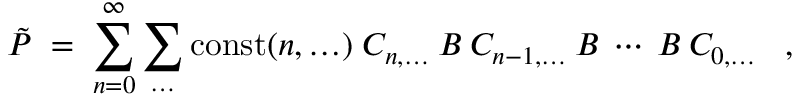
\tilde { P } \; = \; \sum _ { n = 0 } ^ { \infty } \sum _ { \ldots } { \mathrm { c o n s t } } ( n , \ldots ) \; C _ { n , \ldots } \: { \cal { B } } \: C _ { n - 1 , \ldots } \: { \cal { B } } \: \cdots \: { \cal { B } } \: C _ { 0 , \ldots } \; \; \; ,